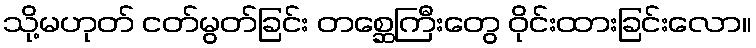
သို့မဟုတ် ငတ်မွတ်ခြင်း တစ္ဆေကြီးတွေ ဝိုင်းထားခြင်းလော။